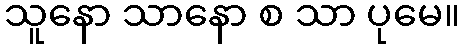
သူနော သာနော စ သာ ပုမေ။